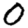
Digit: 0